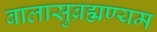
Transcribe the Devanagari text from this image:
बालासुब्रह्मण्यम